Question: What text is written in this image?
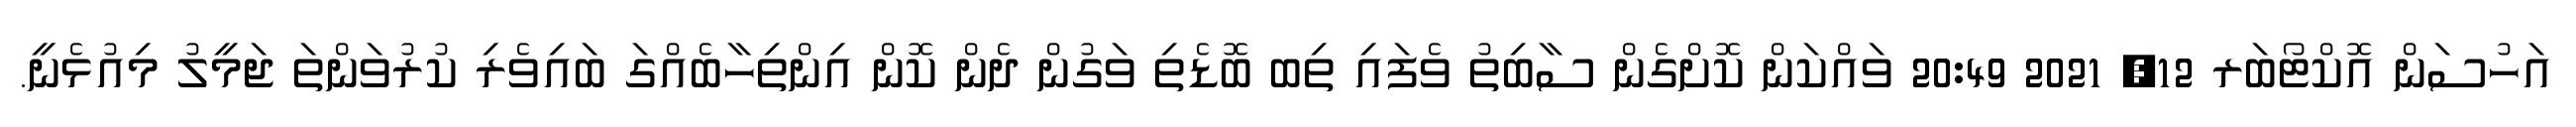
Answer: އަހުސަން އޮކްޓޯބަރ 12, 2021 20:49 ވައްކަން ކޮށްގެން ސާބިތު ވެފައި ތިބ ބޮޑެތި ވަގުން ދެން ކޮން އިންތިހާބެއްގަ ބައިވެރި ކުރުވަންތަ ޖަމީލު މިއުޅެނީ.